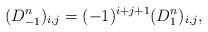
LaTeX: \begin{align*} (D^n_{-1})_{i,j}=(-1)^{i+j+1}(D^n_1)_{i,j},\end{align*}